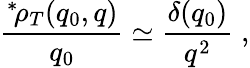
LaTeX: \frac{{}^{\ast}\! \rho_{T}(q_{0},q)}{q_{0}}\simeq\frac{\delta(q_{0})}{q^{2}}\; ,